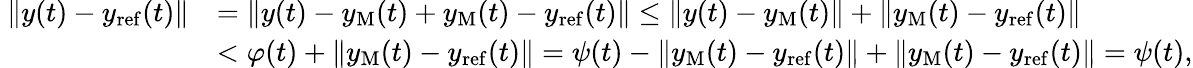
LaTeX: \begin{array}{rl}{\ \| y(t)-y_{\mathrm{ref}}(t)\| }&{=\| y(t)-y_{\mathrm{M}}(t)+y_{\mathrm{M}}(t)-y_{\mathrm{ref}}(t)\| \le\| y(t)-y_{\mathrm{M}}(t)\| +\| y_{\mathrm{M}}(t)-y_{\mathrm{ref}}(t)\| }\\ &{<\varphi(t)+\| y_{\mathrm{M}}(t)-y_{\mathrm{ref}}(t)\| =\psi(t)-\| y_{\mathrm{M}}(t)-y_{\mathrm{ref}}(t)\| +\| y_{\mathrm{M}}(t)-y_{\mathrm{ref}}(t)\| =\psi(t),}\end{array}